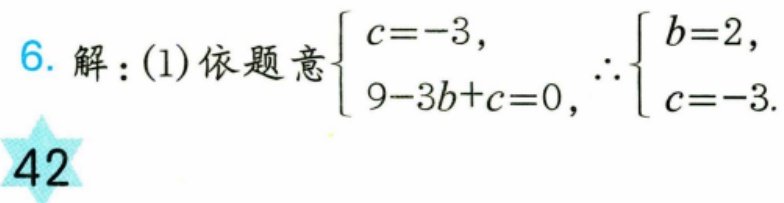
6. 解：(1)依题意$\begin{cases}c = - 3,\\9 - 3b + c = 0,\end{cases}$ $\therefore\begin{cases}b = 2,\\c = - 3.\end{cases}$
42